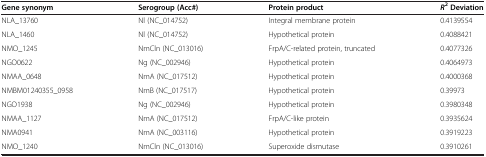
<table><thead><tr><td><b>Gene synonym</b></td><td><b>Serogroup (Acc#)</b></td><td><b>Protein product</b></td><td><b><i>R</i><sup>2</sup>Deviation</b></td></tr></thead><tbody><tr><td>NLA_13760</td><td>Nl (NC_014752)</td><td>Integral membrane protein</td><td>0.4139554</td></tr><tr><td>NLA_1460</td><td>Nl (NC_014752)</td><td>Hypothetical protein</td><td>0.4088421</td></tr><tr><td>NMO_1245</td><td>NmCln (NC_013016)</td><td>FrpA/C-related protein, truncated</td><td>0.4077326</td></tr><tr><td>NGO0622</td><td>Ng (NC_002946)</td><td>Hypothetical protein</td><td>0.4064973</td></tr><tr><td>NMAA_0648</td><td>NmA (NC_017512)</td><td>Hypothetical protein</td><td>0.4000368</td></tr><tr><td>NMBM01240355_0958</td><td>NmB (NC_017517)</td><td>Hypothetical protein</td><td>0.39973</td></tr><tr><td>NGO1938</td><td>Ng (NC_002946)</td><td>Hypothetical protein</td><td>0.3980348</td></tr><tr><td>NMAA_1127</td><td>NmA (NC_017512)</td><td>FrpA/C-like protein</td><td>0.3935624</td></tr><tr><td>NMA0941</td><td>NmA (NC_003116)</td><td>Hypothetical protein</td><td>0.3919223</td></tr><tr><td>NMO_1240</td><td>NmCln (NC_013016)</td><td>Superoxide dismutase</td><td>0.3910261</td></tr></tbody></table>